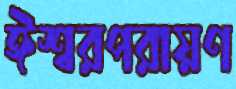
ঈশ্বরপরায়ণ